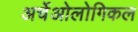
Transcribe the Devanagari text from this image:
अर्चेओलोगिकल